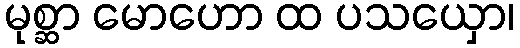
မုစ္ဆာ မောဟော ထ ပသယှော၊